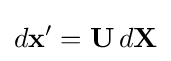
d\mathbf {x} '=\mathbf {U} \,d\mathbf {X} \,\!